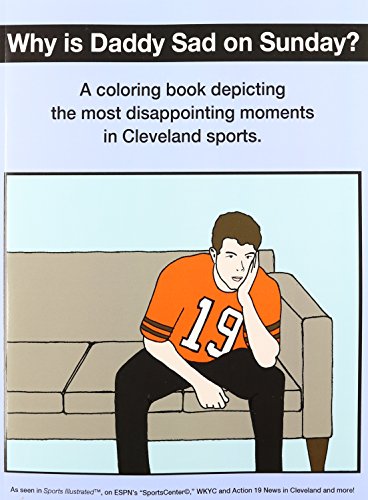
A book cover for Why Is Daddy Sad on Sunday?: A Coloring Book Depicting the Most Disappointing Moments in Cleveland Sports.; Scott Kevin O'Brien; Humor & Entertainment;